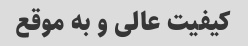
کیفیت عالی و به موقع